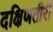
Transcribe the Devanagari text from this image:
दक्षिणतीरी